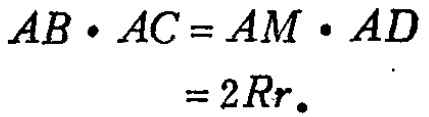
\[
\begin{align*}
AB\cdot AC&=AM\cdot AD\\
&=2Rr.
\end{align*}
\]